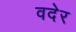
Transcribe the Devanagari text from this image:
वदेर